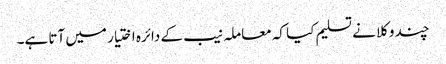
چند وکلا نے تسلیم کیا کہ معاملہ نیب کے دائرہ اختیار میں آتا ہے۔